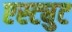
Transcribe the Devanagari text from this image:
एस्ट्युट